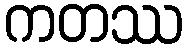
ကတဿ